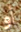
أو